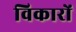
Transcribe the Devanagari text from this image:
विकारों